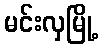
မင်းလှမြို့